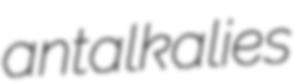
antalkalies